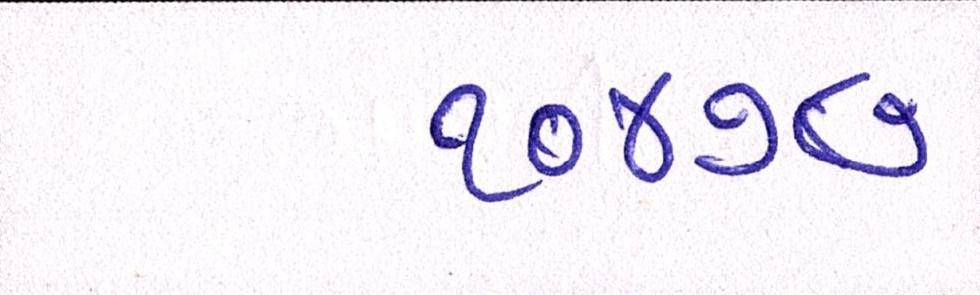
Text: ૧૦૪૭૪૭